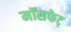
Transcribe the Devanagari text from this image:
मॉसफेट्